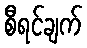
စီရင်ချက်